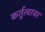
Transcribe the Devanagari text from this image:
कर्तुत्वावर